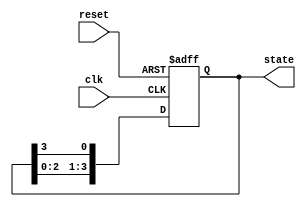
module ring_counter (
    input wire clk,        // Clock signal
    input wire reset,      // Asynchronous reset signal
    output reg [3:0] state // 4-bit output representing the state of the ring counter
);

// Initial state
initial begin
    state = 4'b0001; // Initialize the counter to 0001
end

// Sequential logic for the ring counter
always @(posedge clk or posedge reset) begin
    if (reset) begin
        state <= 4'b0001; // Reset the counter to 0001
    end else begin
        // Shift the '1' to the right
        state <= {state[2:0], state[3]}; // Circular shift
    end
end

endmodule